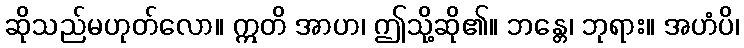
ဆိုသည်မဟုတ်လော။ ဣတိ အာဟ၊ ဤသို့ဆို၏။ ဘန္တေ၊ ဘုရား။ အဟံပိ၊